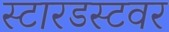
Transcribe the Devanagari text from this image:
स्टारडस्टवर